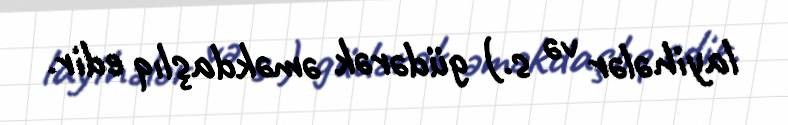
layihələr və s.) güdərək əməkdaşlıq edir.